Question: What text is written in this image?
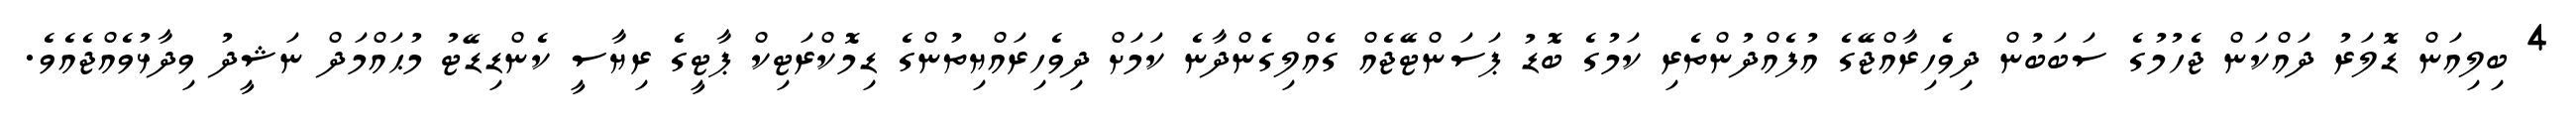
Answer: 4 ބިލިއަން ޑޮލަރު ދައްކަން ޖެހުމުގެ ސަބަބުން ދިވެހިރާއްޖޭގެ އުފެއްދުންތެރި ކަމުގެ ބޮޑު ޕަސަންޓޭޖެއް ގެއްލިގެންދާނެ ކަމަށް ދިވެހިރައްޔިތުންގެ ޑިމޮކްރަޓިކް ޕާޓީގެ ރިޔާސީ ކެންޑިޑޭޓު މުޙައްމަދް ނަޝީދު ވިދާޅުވެއްޖެއެވެ.